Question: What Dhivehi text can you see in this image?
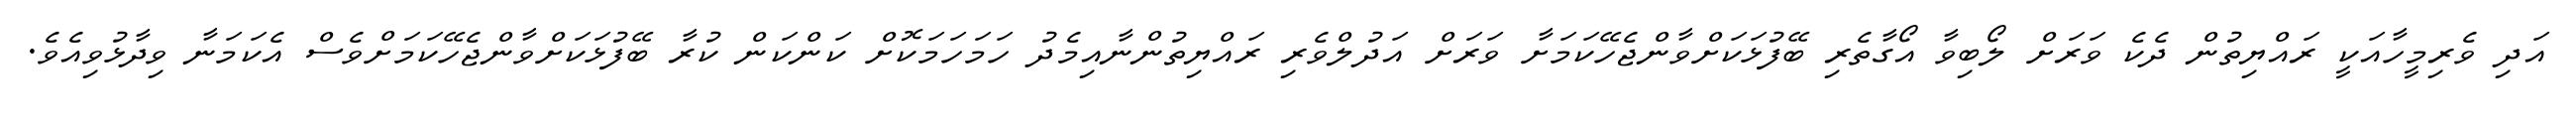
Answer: އަދި ވެރިމީހާއަކީ ރައްޔިތުން ދެކެ ވަރަށް ލޯބިވާ އޯގާތެރި ބޭފުޅަކަށްވާންޖެހޭކަމަށާ ވަރަށް އަދުލްވެރި ރައްޔިތުންނާއިމެދު ހަމަހަމަކޮށް ކަންކަން ކުރާ ބޭފުޅަކަށްވާންޖެހޭކަމަށްވެސް އެކަމަނާ ވިދާޅުވިއެވެ.